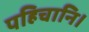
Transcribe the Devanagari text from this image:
पहिचानि।